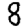
Digit: 8